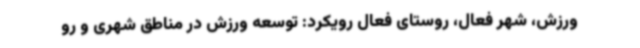
ورزش، شهر فعال، روستای فعال رویکرد: توسعه ورزش در مناطق شهری و رو